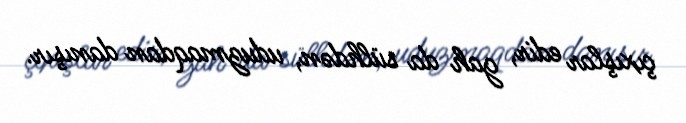
çıxışlar edir, gah da sülhdən, uduzmaqdan danışır.